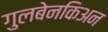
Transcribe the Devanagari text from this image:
गुलबेनकिअन